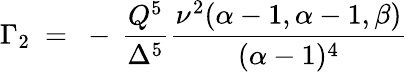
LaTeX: \Gamma_{2}~=~-\, \frac{Q^{5}}{\Delta^{5}}\frac{\nu^{2}(\alpha-1,\alpha-1,\beta)}{(\alpha-1)^{4}}